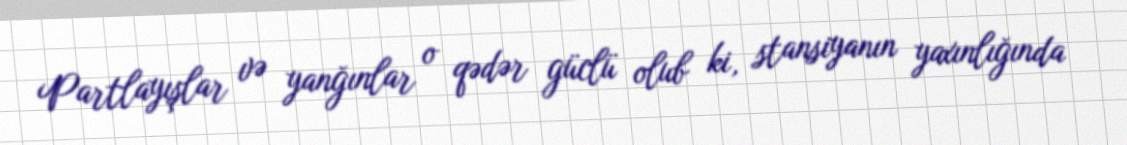
Partlayışlar və yanğınlar o qədər güclü olub ki, stansiyanın yaxınlığında